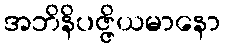
အဘိနိပဇ္ဇိယမာနော